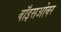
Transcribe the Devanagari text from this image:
वॉइसओवर